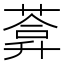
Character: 𦷼